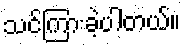
သင်ကြားခဲ့ပါတယ်။